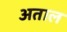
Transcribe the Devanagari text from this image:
अताल